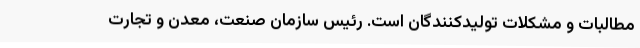
مطالبات و مشکلات تولیدکنندگان است. رئیس سازمان صنعت، معدن و تجارت